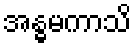
အန္ဓမကာသိ